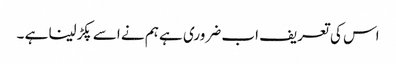
اس کی تعریف اب ضروری ہے ہم نے اسے پکڑلینا ہے ۔